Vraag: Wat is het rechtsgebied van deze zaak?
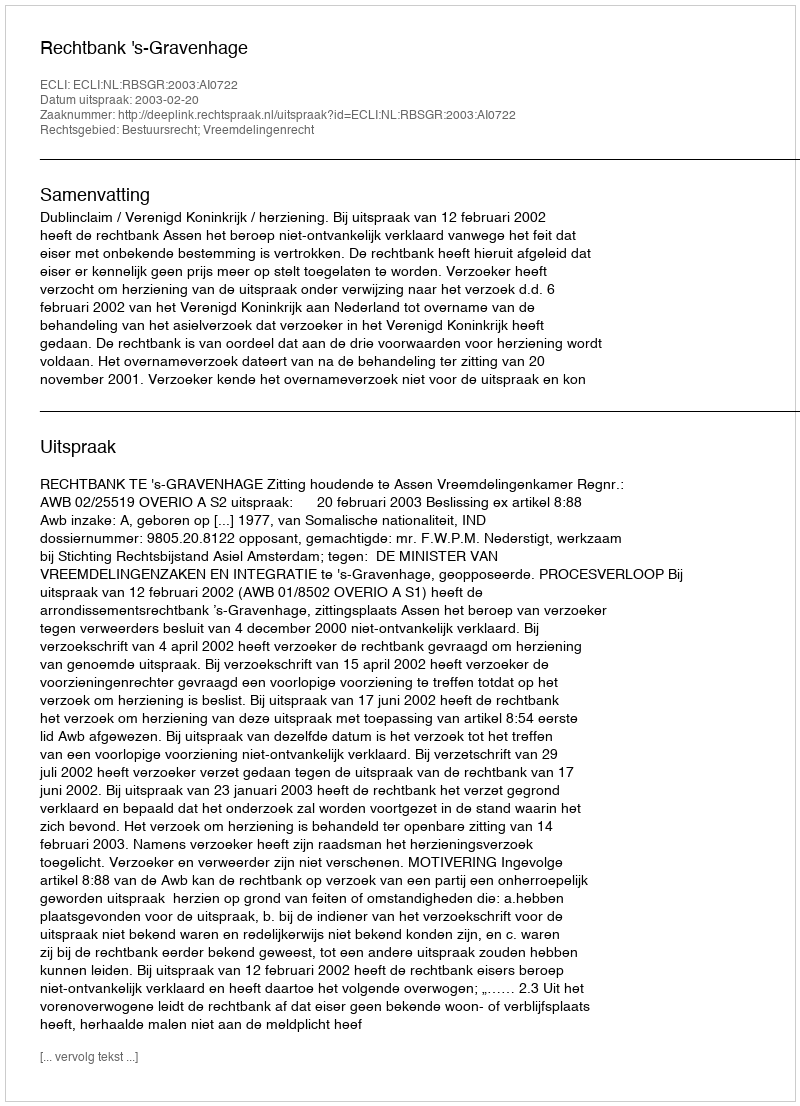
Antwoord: Bestuursrecht; Vreemdelingenrecht